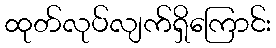
ထုတ်လုပ်လျက်ရှိကြောင်း